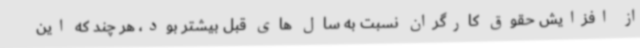
از افزایش حقوق کارگران نسبت به سال های قبل بیشتر بود، هر چند که این